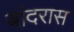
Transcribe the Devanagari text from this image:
बांदरास